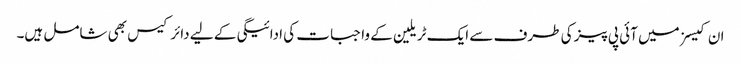
ان کیسز میں آئی پی پیز کی طرف سے ایک ٹریلین کے واجبات کی ادائیگی کے لیے دائر کیس بھی شامل ہیں۔